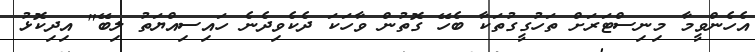
އެހެންވީމާ މިނިސްޓަރަށް ތަހުގީގުތަކާ ބެހޭ ގޮތުން ވާހަކަ ދެކެވިދެނެ ހައިސިއްޔަތު ލިބޭ" އިދިކޮޅު